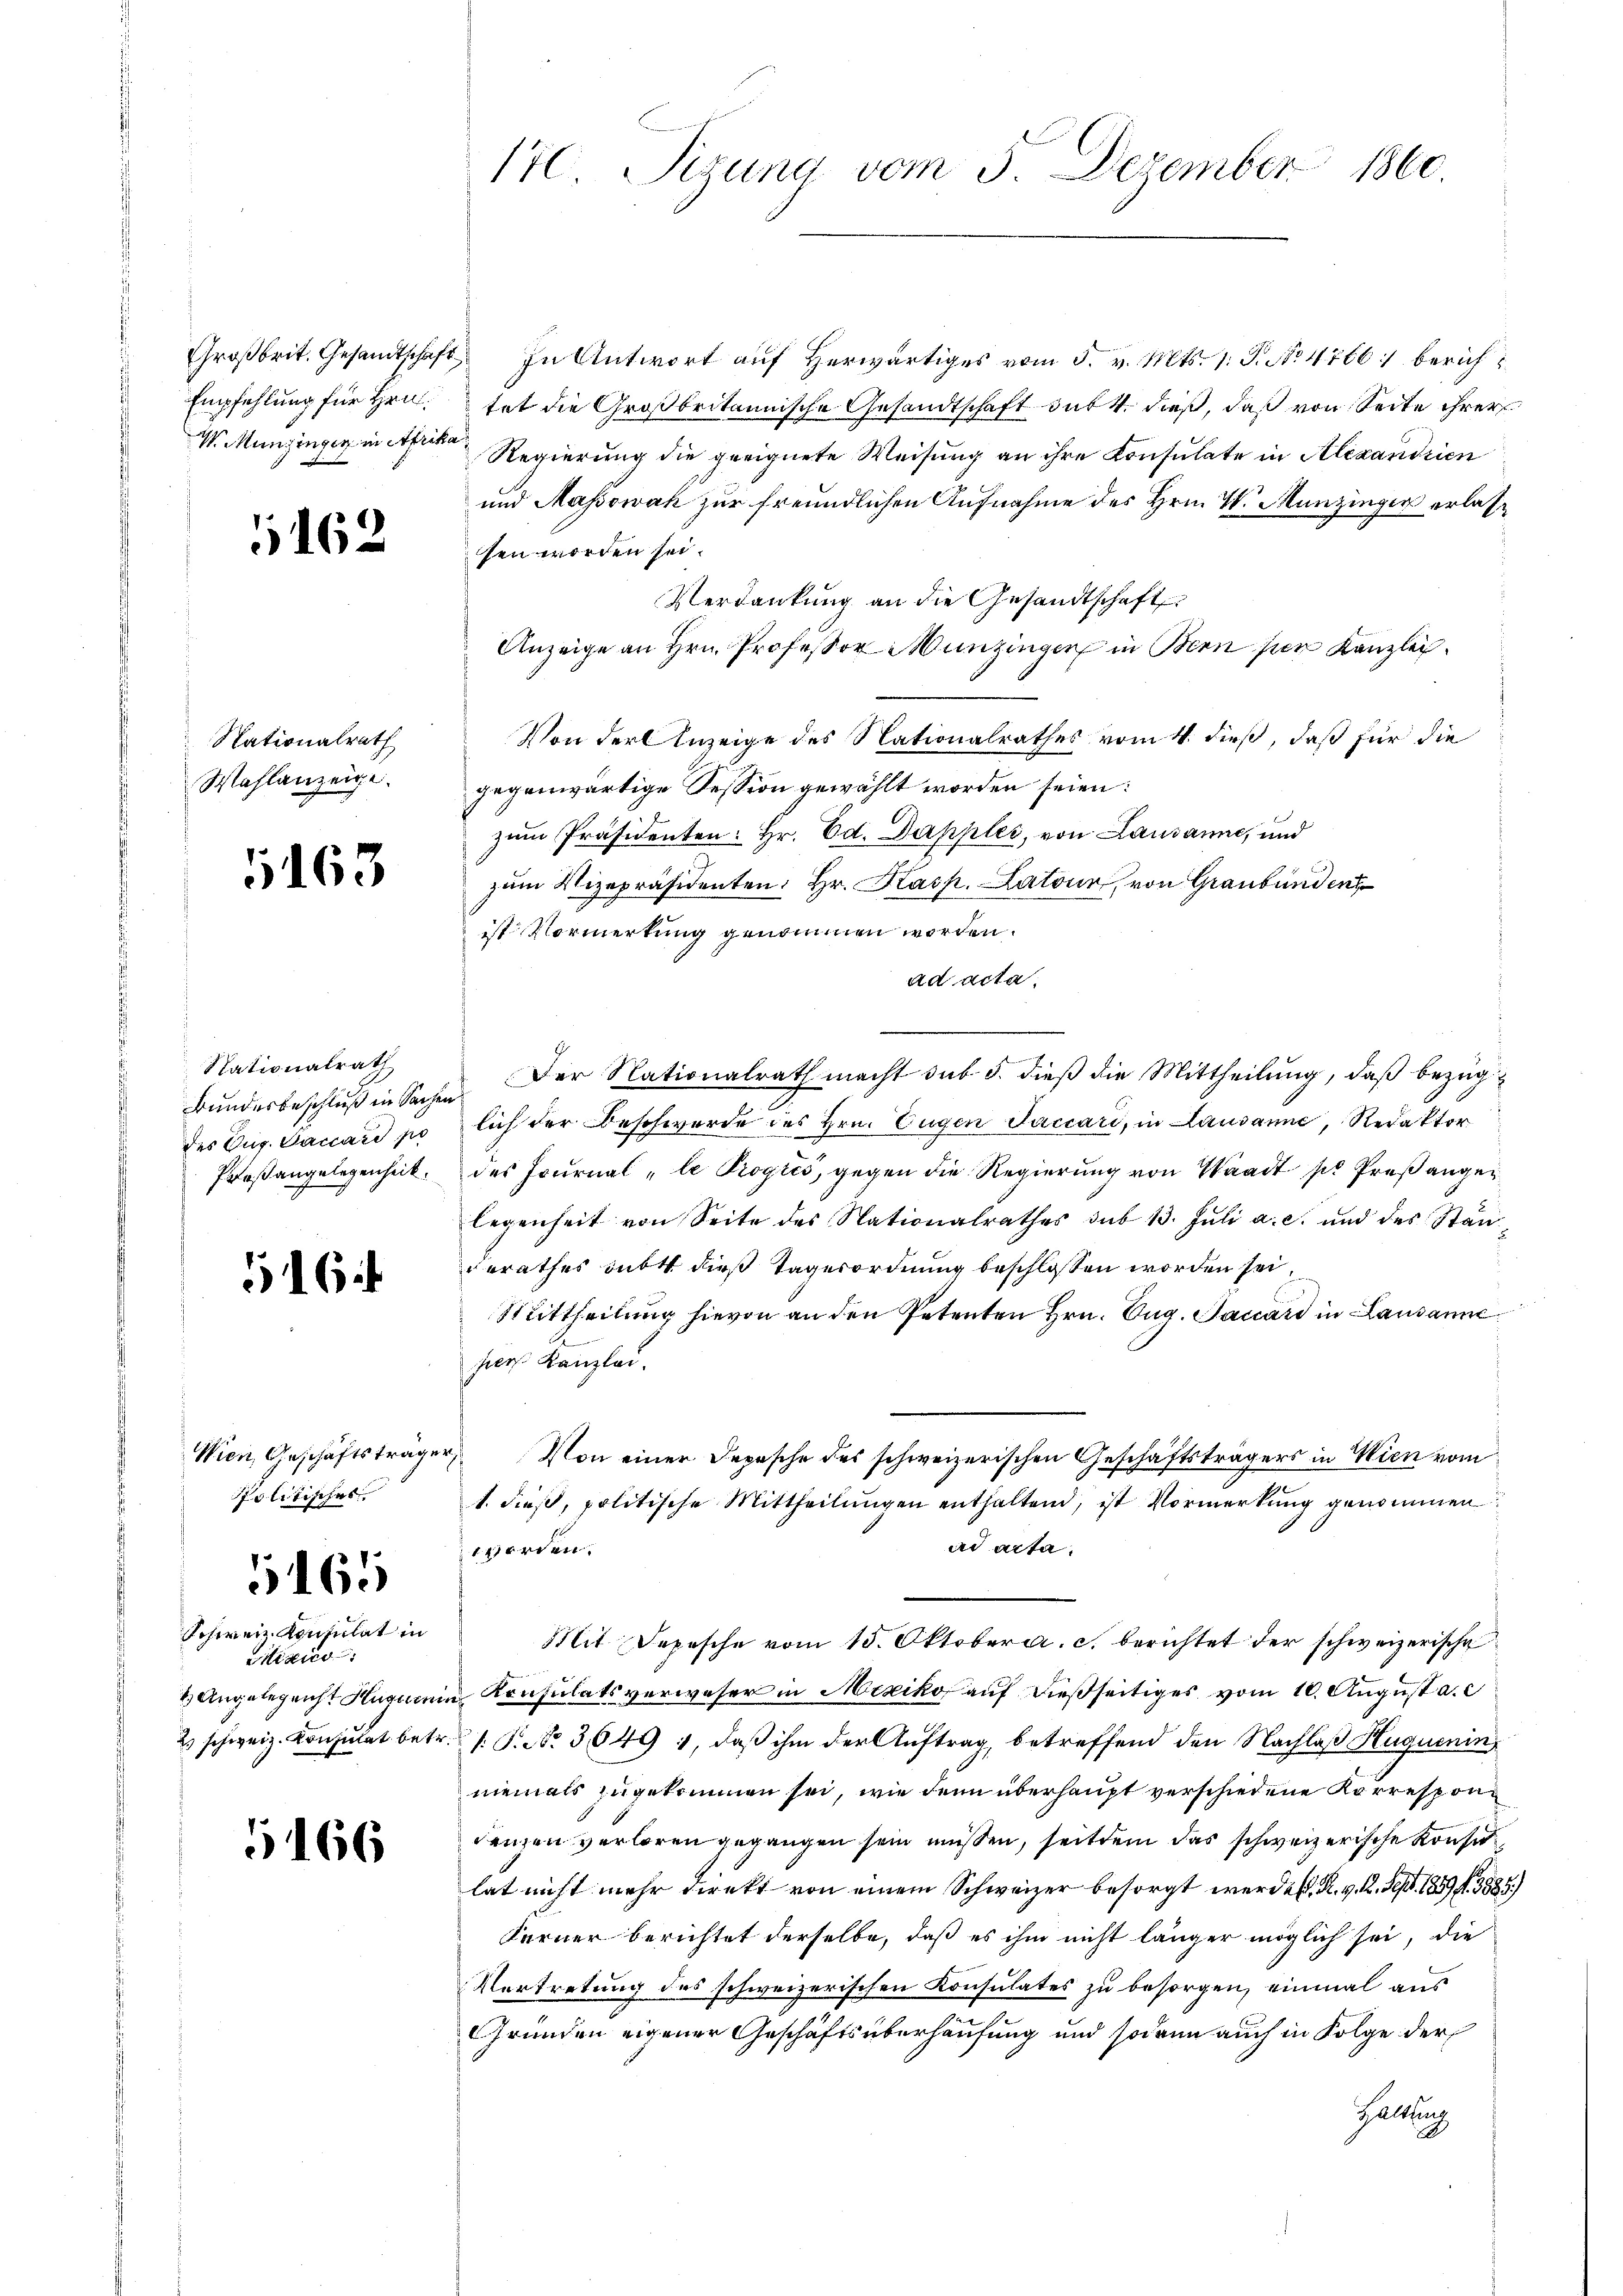
W. Munzingen in Afrika

1162

Nationalrath
Wahlanzeige.

163

Rationalrath
Bundesbeschluß in Sachen
des Aug. Baccare po

16

Wien, Geschäftsträger,
politischer

165

Schweiz. Konsulat in
Sitizico

5166

Großbrit. Gesandtschaft. In Antwort auf Herwärtiges vom 5. v. Mts. 1. P. No 4766: berich¬
Empfehlung für Hrn. tat die Großbritannische Gesandtschaft durft, dieß, daß von Seite ihrer
Regierung die geeignete Weisung an ihre Konsulate in Alexandrien
und Massowak zur freundlichen Aufnahme des Hrn. W. Munzinger erlassen worden sei.
Verdankung an die Gesandtschaft
Anzeige an Hrn. Professor Munzinger in Bern hier Kanzlei¬
Von der Anzeige des Nationalrathes vom 4. dieß, daß für die
gegenwärtige Session gewählt worden seien:
zum Präsidenten: Hr. Ed. Dappler, von Lausanne, und
zum Vizepräsidenten: Hr. Kasp. Latour, von Graubünden
ist Vormerkung genommen worden.
ad acta.
Der Nationalrath macht sub 5. dieß die Mittheilung, daß bezuglich der Beschwerde des Hrn. Eugen Jaccari, in Lausanne, Redaktor
Proßangelegenheit. des Journal „le Progiés, gegen die Regierung von Waadt pr Preß angelegenheit von Seite des Nationalrathes sub 13. Jŭli a. c. und des Stän
Berathes subst dieß Tagesordnung beschlossen worden sei,
Mittheilung hievon an den Petenten Hrn. Aug. Saccard in Lausanne
pers Kanzlei.
Von einer Depesche des schweizerischen Geschäftsträgers in Wien vom
1. dieß, politische Mittheilungen enthaltend, ist Vormerkung genommen
ad acta.
werden.
Mit Depesche vom 15. Oktober a. c. berichtet der schweizerische
4) Angelegenst Hugenen Konsulatsverweser in Mexiko auf dießseitiges vom 10. August a. c
2 schweiz. Konsulat betr. s. S. No. 3649 1, daß ihm der Auftrag, betreffend den Nachlaß Huguenin
niemals zugekommen sei, wie denn überhaupt verschiedene Korrespondenzen verloren gegangen sein müssen, seitdem das schweizerische Konsu
lat nicht mehr direkt von einem Schweizer besorgt werden. R. v. 12. Sept. 1859. 3885)
Ferner berichtet derselbe, daß es ihm nicht länger möglich sei, die
Vertretung des schweizerischen Konsulates zu besorgen, einmal aus
Gründen eigener Geschäftsüberhausung und sodann auch in Folge der
Haltung

170. Sezung vom 5. Dezember 1860.